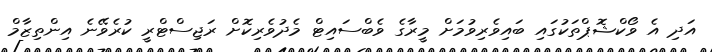
އަދި އެ ވޯކްޝޮޕްތަކުގައި ބައިވެރިވުމަށް މީރާގެ ވެބްސައިޓް މެދުވެރިކޮށް ރަޖިސްޓްރީ ކުރެވޭނެ އިންތިޒާމް